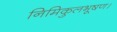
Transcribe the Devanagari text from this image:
निमिकुलभूषण।